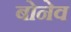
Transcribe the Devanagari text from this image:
बोनेव